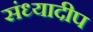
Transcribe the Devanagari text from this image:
संध्यादीप